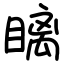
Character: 瞝